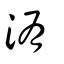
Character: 洧